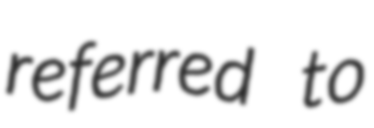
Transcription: referred to